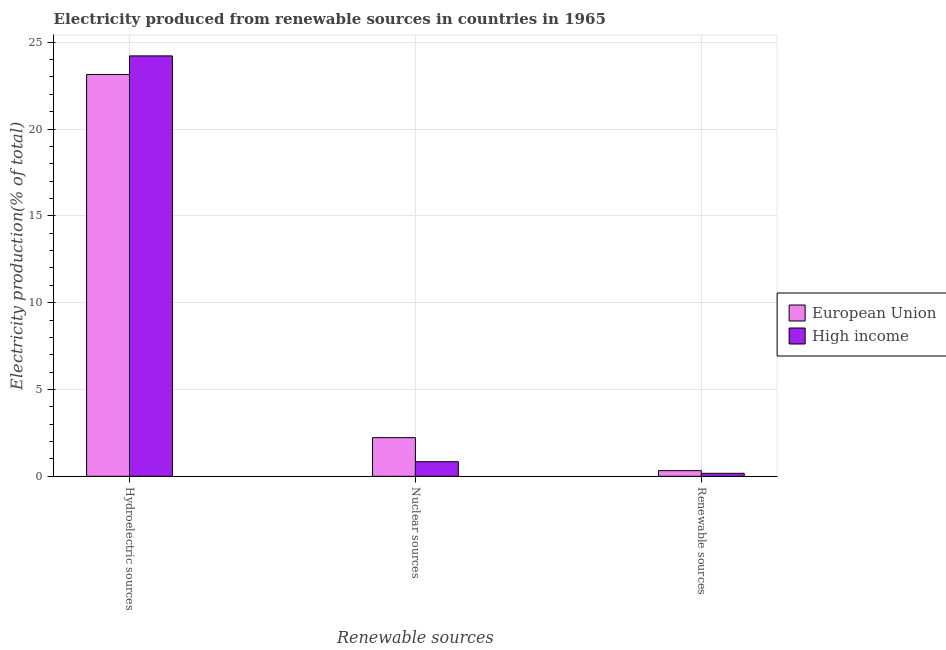
| Renewable sources | European Union | High income |
 | --- | --- | --- |
 | Hydroelectric sources | 23.1 | 24.2 |
 | Nuclear sources | 2.23 | 0.84 |
 | Renewable sources | 0.327 | 0.172 |